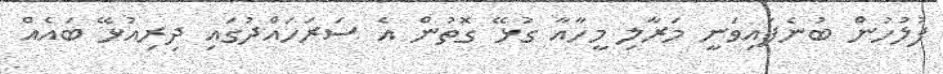
ފުލުހުން ބުނެފައިވަނީ މަރާލި މީހާއާ ގުޅޭ ގޮތުން އެ ސަރަހައްދުގައި ދިރިއުޅޭ ބައެއް